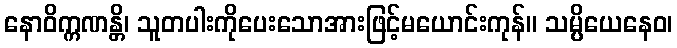
နောဝိက္ကဏန္တိ၊ သူတပါးကိုပေးသောအားဖြင့်မယောင်းကုန်။ သမ္ပိယေနေဝ၊